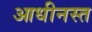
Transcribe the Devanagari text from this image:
आधीनस्त